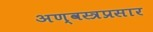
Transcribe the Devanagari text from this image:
अण्वस्त्रप्रसार